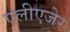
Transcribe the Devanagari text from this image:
एलीएजेर